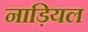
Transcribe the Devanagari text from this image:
नाड़ियल